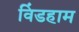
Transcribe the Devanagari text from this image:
विंडहाम